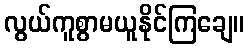
လွယ်ကူစွာမယူနိုင်ကြချေ။